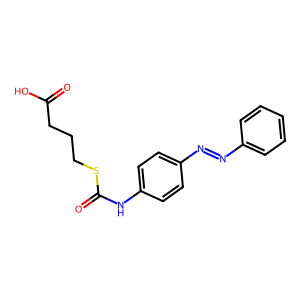
SMILES: O=C(O)CCCSC(=O)Nc1ccc(N=Nc2ccccc2)cc1
Inhibits HIV replication: No